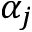
\alpha _ { j }